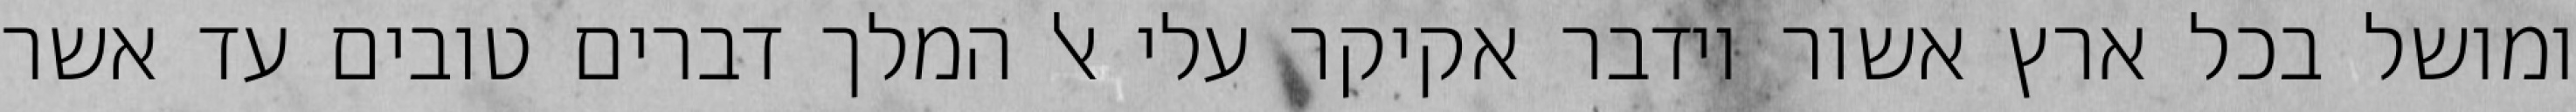
ומושל בכל ארץ אשור וידבר אקיקר עלי אל המלך דברים טובים עד אשר